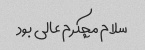
سلام مچکرم عالی بود